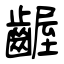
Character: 齷